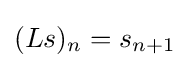
(Ls)_{n}=s_{n+1}